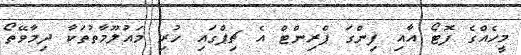
މީހެއްގެ ފޮޓޯ އާއި ފިންގަ ޕްރިންޓް އެ ޗިޕްގައި ހުރި މައުލޫމާތުތަކާ ދިމާވޭތޯ